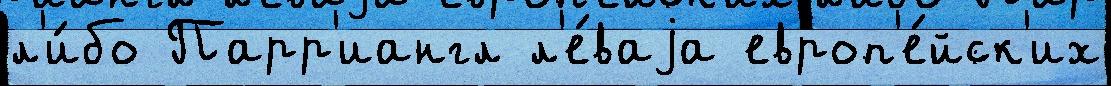
л'и́бо Парр'иангл л'е́ваjа европ'е́йск'их